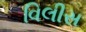
વિલીસ